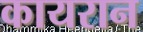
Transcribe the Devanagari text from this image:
कायरान